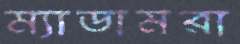
ম্যাডামরা